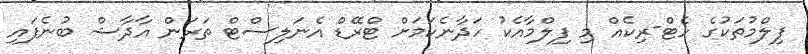
ފިލްމުތަކުގެ ހެޓް-ރިކެއް މި ފިލްމާއެކު ހަދާނެކަމަށް ޓްރޭޑް އެނަލިސްޓް ތަރަން އާދާޝް ބުނެފައި